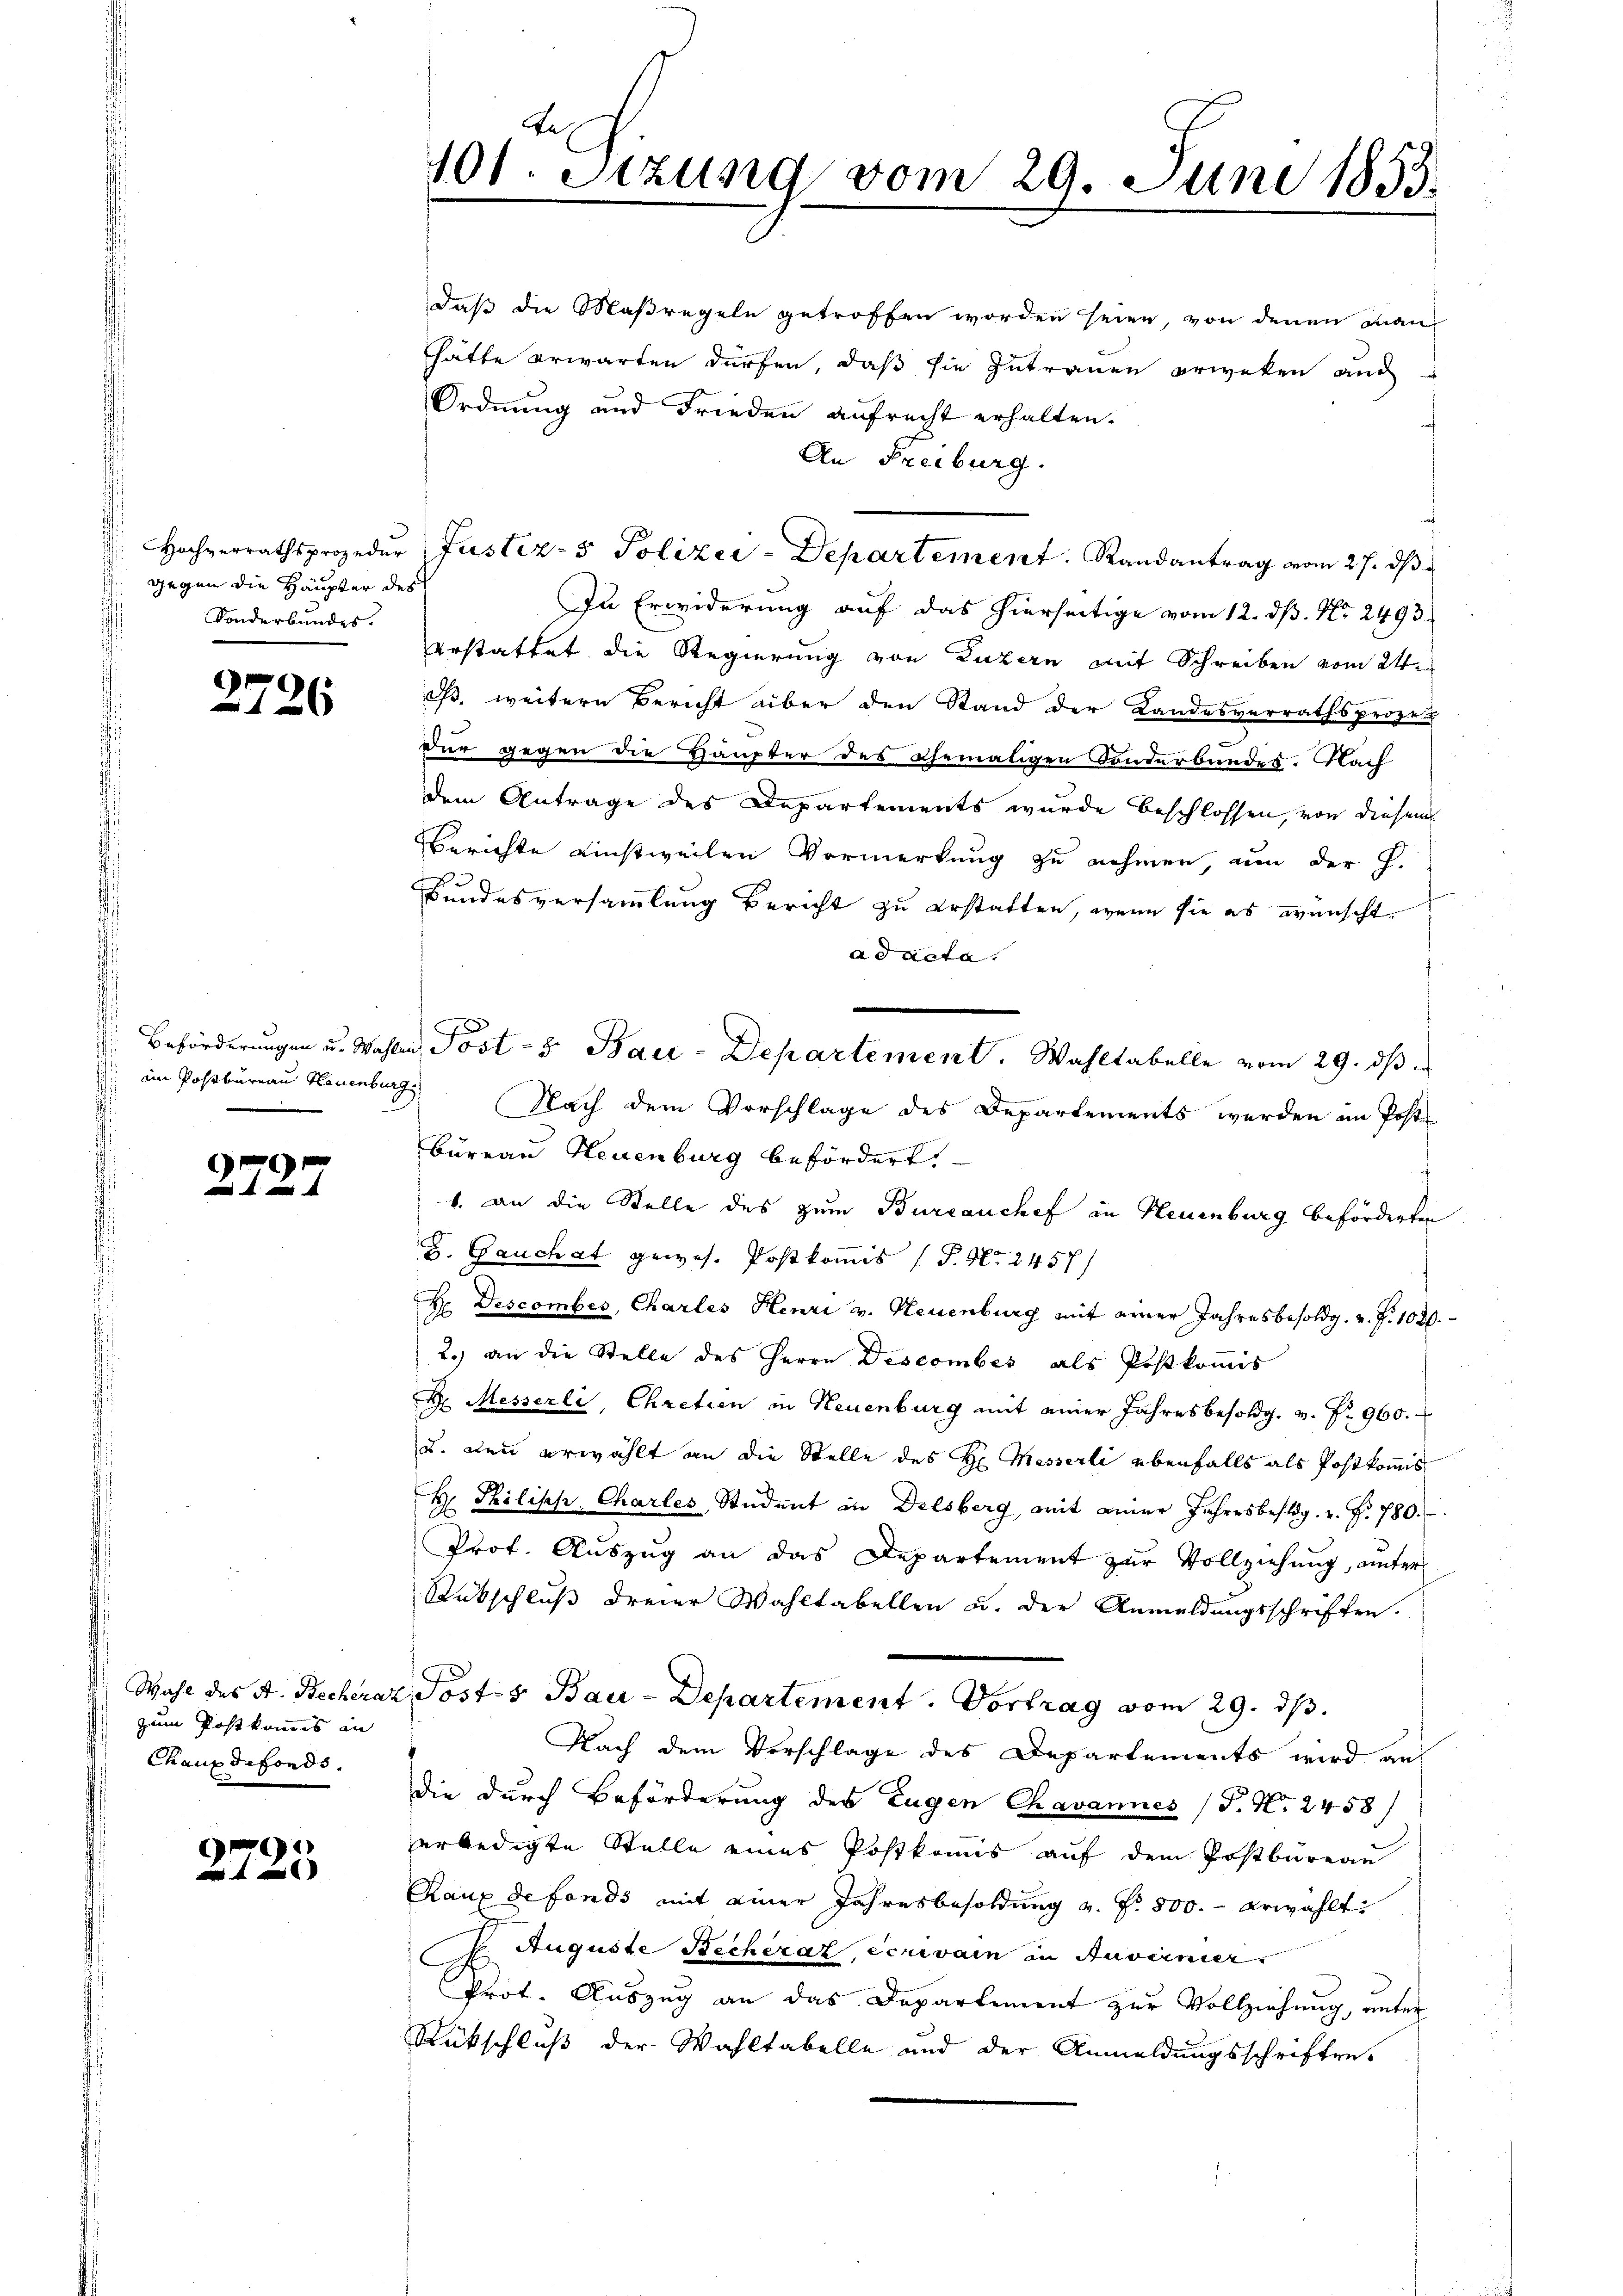
gegen die Häupter des
Sonderbundes.

2726

.
 ain Postbureau Neuenburg

x
)

Wahl des A. Bechera
zum Postkommis an
Chauxdefonds.

2725

Tes
101. Sitzung vom 29. Juni 1855.

daß die Maßregeln getroffen worden seien, von denen man
hätte erwarten dürfen, daß sie zutrauen erweken auch
Ordnung und Frieden aufrecht erhalten.
An Freiburg.
: Hochverrathsprozedur Justiz- & Polizei-Departement. Randantrag vom 27. ds
Zu Erwiderung auf das hierseitige vom 12. dß. Nr. 2493
erstattet die Regierung von Luzern mit Schreiben vom 24.
iß, weitere Bericht über den Stand der Landesverrathsproze
dur gegen die Häupter des Ehemaligen Sonderbundes. Nach
dem Antrage des Departements wurde beschlossen, von diesem
Berichte einstweilen Vormerkung zu nehmen, um der H.
Bundesversammlung Bericht zu erstatten, wenn sie es wünscht.
ad acta.
Nach dem Vorschlage des Departements werden im Post
Bureau Neuenburg befördert.
1. an die Stelle des zum Bureauchef in Neuenburg beförderten
B. Gauchat gewes. Postkommis (S. Nr. 2457/
H Descomber, Charles Henri v. Neuenburg mit einer Jahresbesoldg. u. f. 1020.
2.) an die Stelle des Herrn Descombés als Postkomis
H Messerli, Chretien in Neuenburg mit einer Jahresbesoldg. v. P. 960.
u. den erwählt an die Stelle des H. Messerli überfalls als Postkommis
H Philisch Chartes Student in Delsberg, mit eine Jahresbestig. u. Fr. 780.
Prof. Auszug an das Departement zur Vollziehung, unter
Rübschluß dreier Wahltabellen u. der Anmeldungsschriften.
 Posts Bau-Departement. Vortrag vom 29. ds.
Nach dem Verschlage des Departements wird an
die durch Beförderung des Eugen Chavannes (T. N. 2458/
erledigte Stelle eines Postkomis auf dem Postbureau
Raux de fonds mit einer Jahresbesoldung a. f. 500.- erwählt:
d
S. Auguste Becheraz, ecrivain in Anverniers
Prot. Auszug an das Departement zur Vollziehung, unter
Rückschluß der Wahltabelle und der Anmeldungsschriften.

Beförderungen u. Wahlen Post- & Bau-Departement. Wahltabelle vom 29. ds